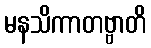
မနသိကာတဗ္ဗာတိ